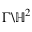
\Gamma \backslash \mathbb { H } ^ { 2 }